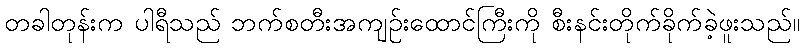
တခါတုန်းက ပါရီသည် ဘက်စတီးအကျဉ်းထောင်ကြီးကို စီးနင်းတိုက်ခိုက်ခဲ့ဖူးသည်။